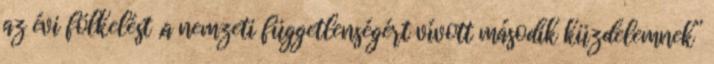
az évi fölkelést „a nemzeti függetlenségért vívott második küzdelemnek”